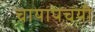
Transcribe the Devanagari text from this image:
चायापचयी